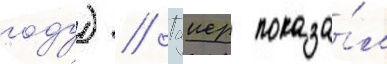
году) // Таиер показа́л